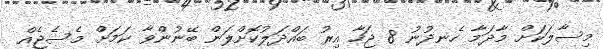
މިސާލަކަށް މާދަމާ ހެނދުނު 8 ޖަހާ އިރު ބައްދަލުކޮށްލަން ބޭނުންވާ ކަމަށް މެސެޖެއް